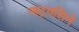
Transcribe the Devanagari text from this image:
नाट्यसिने